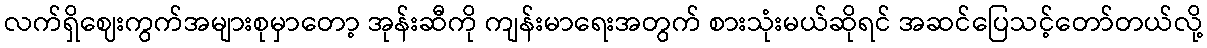
လက်ရှိဈေးကွက်အများစုမှာတော့ အုန်းဆီကို ကျန်းမာရေးအတွက် စားသုံးမယ်ဆိုရင် အဆင်ပြေသင့်တော်တယ်လို့